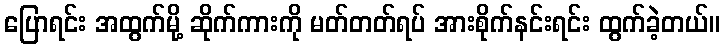
ပြောရင်း အထွက်မို့ ဆိုက်ကားကို မတ်တတ်ရပ် အားစိုက်နင်းရင်း ထွက်ခဲ့တယ်။